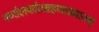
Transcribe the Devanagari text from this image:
पर्णालपर्वतग्रहणाख्यानम्